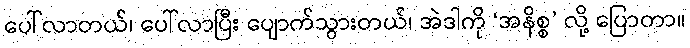
ပေါ်လာတယ်၊ ပေါ်လာပြီး ပျောက်သွားတယ်၊ အဲဒါကို ‘အနိစ္စ’ လို့ ပြောတာ။